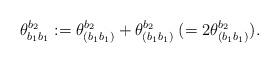
LaTeX: \begin{align*} \theta_{b_1 b_1}^{b_2} := \theta_{(b_1 b_1)}^{b_2} + \theta_{(b_1 b_1)}^{b_2} \;(=2\theta_{(b_1 b_1)}^{b_2}). \end{align*}